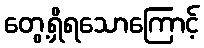
တွေ့ရှိရသောကြောင့်